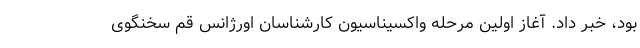
بود، خبر داد. آغاز اولین مرحله واکسیناسیون کارشناسان اورژانس قم سخنگوی